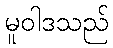
မူဝါဒသည်